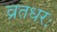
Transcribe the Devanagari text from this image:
व्रतधरः